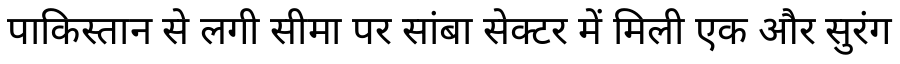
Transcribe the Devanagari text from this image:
पाकिस्तान से लगी सीमा पर सांबा सेक्टर में मिली एक और सुरंग